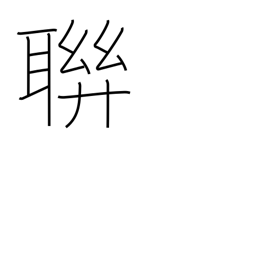
Meaning: clique